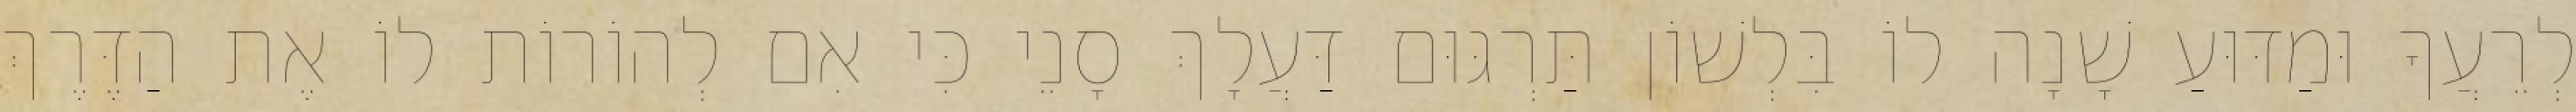
לְרֵעֲךָ וּמַדּוּעַ שָׁנָה לוֹ בִּלְשׁוֹן תַּרְגּוּם דַּעֲלָךְ סָנֵי כִּי אִם לְהוֹרוֹת לוֹ אֶת הַדֶּרֶךְ